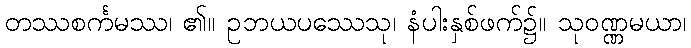
တဿစင်္ကမဿ၊ ၏။ ဥဘယပဿေသု၊ နံပါးနှစ်ဖက်၌။ သုဝဏ္ဏမယာ၊